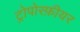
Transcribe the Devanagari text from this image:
ट्रोपोस्फ़ीयर